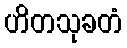
ဟိတသုခတံ